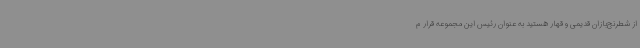
از شطرنج‌بازان قدیمی و قهار هستید به عنوان رئیس این مجموعه قرار م